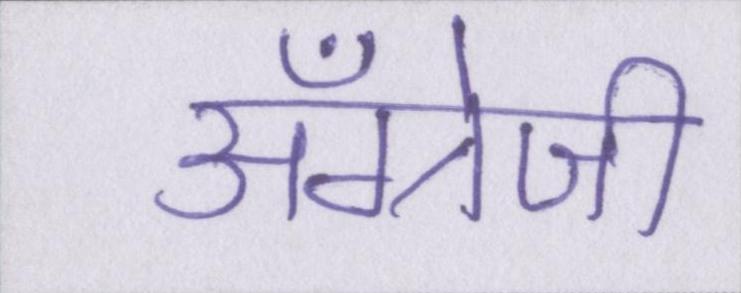
अँग्रेजी